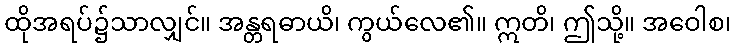
ထိုအရပ်၌သာလျှင်။ အန္တရဓာယိ၊ ကွယ်လေ၏။ ဣတိ၊ ဤသို့။ အဝေါစ၊